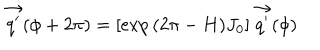
LaTeX: \vec { q ^ { \prime } } ( \phi + 2 \pi ) = [ \exp { ( 2 \pi - H ) J _ { 0 } } ] \, \vec { q ^ { \prime } } ( \phi )